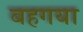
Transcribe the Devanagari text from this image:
बहगया